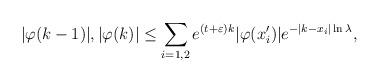
LaTeX: \begin{align*} |\varphi(k-1)|, |\varphi(k)| \leq \sum_{i=1,2} e^{(t+\varepsilon) k}|\varphi(x_i^{\prime})|e^{-|k-x_i|\ln \lambda },\end{align*}